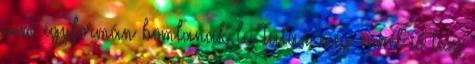
nem egyformán bomlanak le. Talán még ennél is lesz